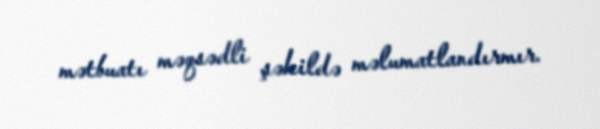
mətbuatı məqsədli şəkildə məlumatlandırmır.